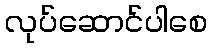
လုပ်ဆောင်ပါစေ